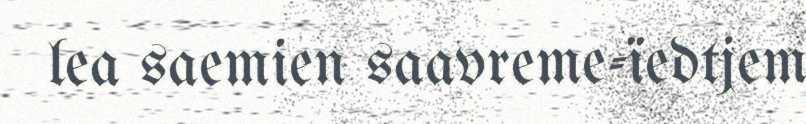
lea saemien saavreme-ïedtjem